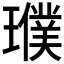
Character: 𤪟